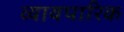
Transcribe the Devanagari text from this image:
व्यायपारिक